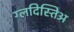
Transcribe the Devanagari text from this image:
ग्लदिस्तिअ